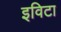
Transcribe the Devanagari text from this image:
इविटा